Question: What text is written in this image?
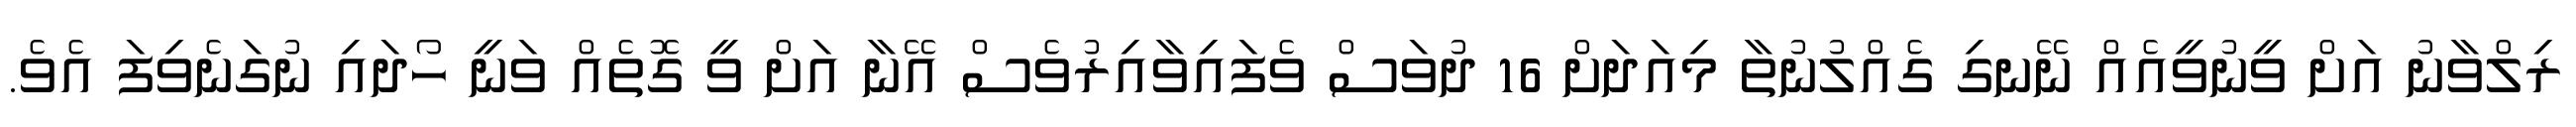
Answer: ރިލްވާނު އަށް ވީނުވީއެއް ނޭނގި ގެއްލުނުތާ މިއަދަށް 16 ދުވަސް ވެފައިވާއިރުވެސް އޭނާ އަށް ވީ ގޮތެއް ވަނީ ހޯދައި ނުގަނެވިފަ އެވެ.